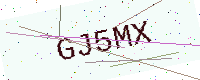
Text: GJ5MX